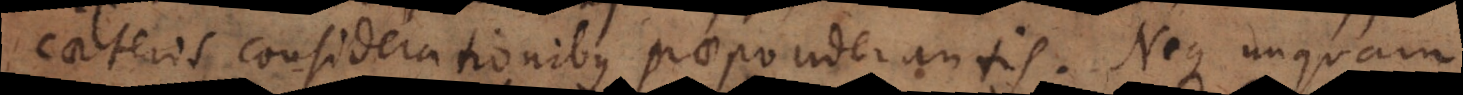
caeteris considerationibus praeponderantis. Neque unquam